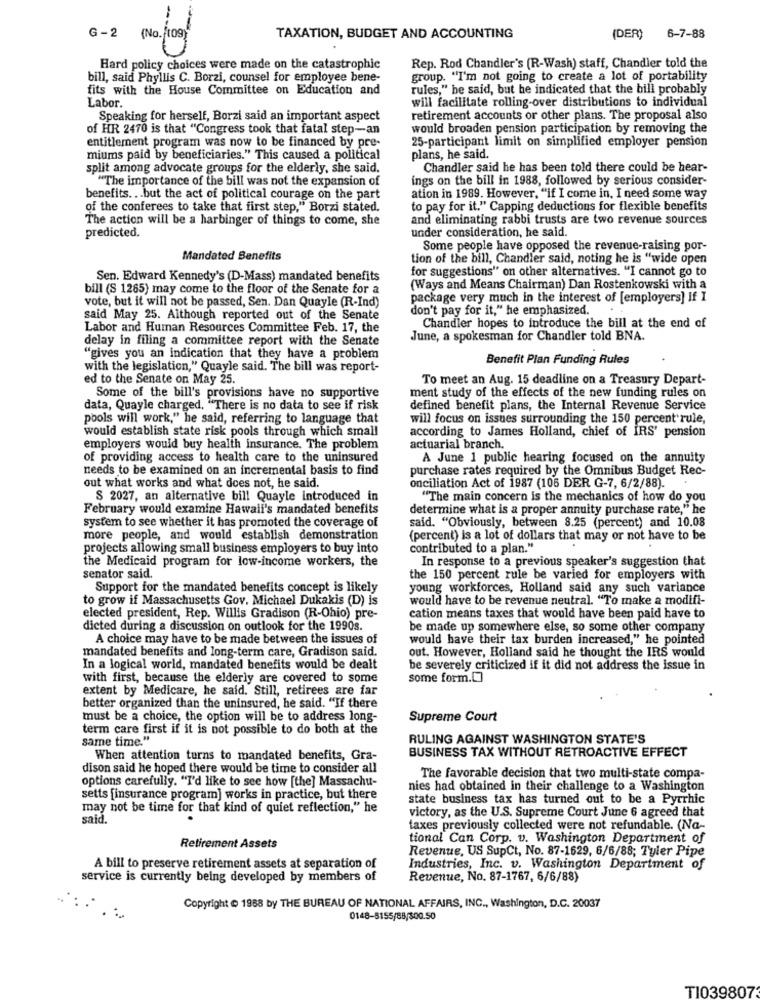
G - 2 (No. 109)
TAXATION, BUDGET AND ACCOUNTING
(DER)
6-7-88
Hard policy choices were made on the catastrophic
Rep. Rod Chandler's (R-Wash) staff, Chandler told the
bill, said Phyllis C. Borzi, counsel for employee bene-
group. "I'm not going to create a lot of portability
fits with the House Committee on Education and
rules," he said, but he indicated that the bill probably
Labor.
will facilitate rolling-over distributions to individual
Speaking for herself, Borzi said an important aspect
retirement accounts or other plans. The proposal also
of HR 2470 is that "Congress took that fatal step-an
would broaden pension participation by removing the
entitlement program was now to be financed by pre-
25-participant limit on simplified employer pension
miums paid by beneficiaries." This caused a political
plans, he said.
split among advocate groups for the elderly, she said.
Chandler said he has been told there could be hear-
"The importance of the bill was not the expansion of
ings on the bill in 1988, followed by serious consider-
benefits ... but the act of political courage on the part
ation in 1989. However, "if I come in, I need some way
of the conferees to take that first step," Borzi stated.
to pay for it." Capping deductions for flexible benefits
The action will be a harbinger of things to come, she
and eliminating rabbi trusts are two revenue sources
under consideration, he said.
predicted.
Some people have opposed the revenue-raising por-
Mandated Benefits
tion of the bill, Chandler said, noting he is "wide open
for suggestions" on other alternatives. "I cannot go to
Sen. Edward Kennedy's (D-Mass) mandated benefits
bill (S 1265) may come to the floor of the Senate for a
(Ways and Means Chairman) Dan Rostenkowski with a
vote, but it will not be passed, Sen. Dan Quayle (R-Ind)
package very much in the interest of [employers] If I
don't pay for it," he emphasized.
said May 25. Although reported out of the Senate
Labor and Human Resources Committee Feb. 17, the
Chandler hopes to introduce the bill at the end of
delay in filing a committee report with the Senate
June, a spokesman for Chandler told BNA.
"gives you an indication that they have a problem
Benefit Plan Funding Rules
with the legislation," Quayle said. The bill was report-
ed to the Senate on May 25.
To meet an Aug. 15 deadline on a Treasury Depart-
Some of the bill's provisions have no supportive
ment study of the effects of the new funding rules on
data, Quayle charged. "There is no data to see if risk
defined benefit plans, the Internal Revenue Service
pools will work," he said, referring to language that
will focus on issues surrounding the 150 percent rule,
would establish state risk pools through which small
according to James Holland, chief of IRS' pension
employers would buy health insurance. The problem
actuarial branch.
of providing access to health care to the uninsured
A June 1 public hearing focused on the annuity
needs to be examined on an incremental basis to find
purchase rates required by the Omnibus Budget Rec-
out what works and what does not, he said.
onciliation Act of 1987 (106 DER G-7, 6/2/88).
$ 2027, an alternative bil! Quayle introduced in
"The main concern is the mechanics of how do you
February would examine Hawall's mandated benefits
determine what is a proper annuity purchase rate," he
system to see whether it has promoted the coverage of
said. "Obviously, between 8.25 (percent) and 10.08
more people, and would establish demonstration
(percent) is a lot of dollars that may or not have to be
projects allowing small business employers to buy into
contributed to a plan."
In response to a previous speaker's suggestion that
the Medicaid program for low-income workers, the
senator said.
the 150 percent rule be varied for employers with
Support for the mandated benefits concept is likely
young workforces, Holland said any such variance
to grow if Massachusetts Gov. Michael Dukakis (D) is
would have to be revenue neutral. "To make a modifi-
elected president, Rep. Willis Gradison (R-Ohio) pre-
cation means taxes that would have been paid have to
dicted during a discussion on outlook for the 1990s.
be made up somewhere else, so some other company
A choice may have to be made between the issues of
would have their tax burden increased," he pointed
mandated benefits and long-term care, Gradison said.
out. However, Holland said he thought the IRS would
In a logical world, mandated benefits would be dealt
be severely criticized if it did not address the issue in
with first, because the elderly are covered to some
some form.[]
extent by Medicare, he said. Still, retirees are far
better organized than the uninsured, he said. "If there
must be a choice, the option will be to address long-
Supreme Court
term care first if it is not possible to do both at the
same time."
RULING AGAINST WASHINGTON STATE'S
BUSINESS TAX WITHOUT RETROACTIVE EFFECT
When attention turns to mandated benefits, Gra-
dison said he hoped there would be time to consider all
options carefully. "I'd like to see how [the] Massachu-
The favorable decision that two multi-state compa-
nies had obtained in their challenge to a Washington
setts [insurance program] works in practice, but there
state business tax has turned out to be a Pyrrhic
may not be time for that kind of quiet reflection," he
victory, as the U.S. Supreme Court June 6 agreed that
said.
faxes previously collected were not refundable. (Na-
tional Can Corp. v. Washington Department of
Retirement Assets
Revenue, US SupCt, No. 87-1629, 6/6/88; Tyler Pipe
A bill to preserve retirement assets at separation of
Industries, Inc. v. Washington Department of
service is currently being developed by members of
Revenue, No. 87-1767, 6/6/88)
Copyright @ 1988 by THE BUREAU OF NATIONAL AFFAIRS, INC ., Washington, D.C. 20037
0148-5155/88/300.50
TI039807